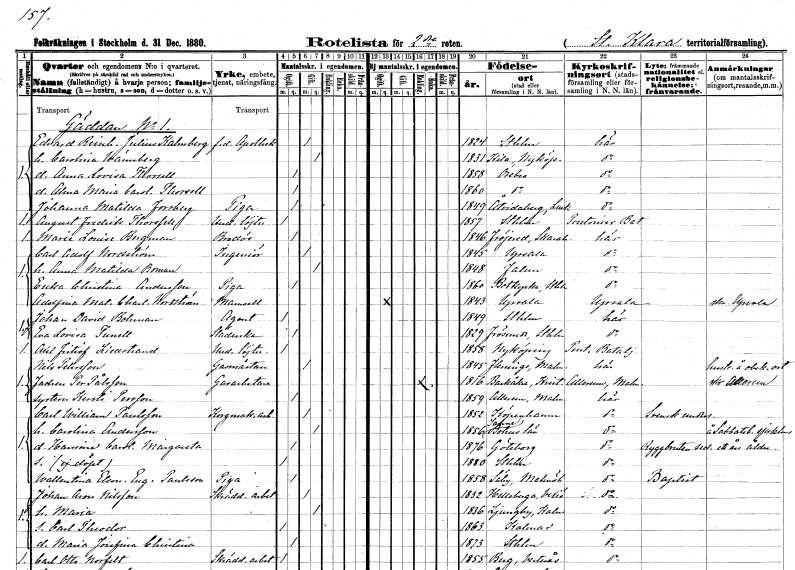
gt_parse: households: individuals: FN: Edvard Reinhold Julius
EN: Kalmberg
YRKE: Apotekare f.d.
KON: M
CIV: G
FODAR: 1824
FODFORS: Stockholm
FN: Carolina
EN: Wännberg
KON: K
CIV: G
FODAR: 1831
FODFORS: Kila Södermanlands län
FN: Anna Lovisa
EN: Thorsell
KON: K
CIV: O
FODAR: 1858
FODFORS: Örebro Örebro län
FN: Alma Maria Carolina
EN: Thorsell
KON: K
CIV: O
FODAR: 1860
FODFORS: Örebro Örebro län
FN: Johanna Matilda
EN: Forsberg
YRKE: Piga
KON: K
CIV: O
FODAR: 1849
FODFORS: Åtvid Östergötlands län
FN: August Fredrik
EN: Thorssell
YRKE: Underlöjtnant
KON: M
CIV: O
FODAR: 1857
FODFORS: Stockholm
FN: Marie Louise
EN: Bergman
YRKE: Brodös
KON: K
CIV: O
FODAR: 1846
FODFORS: Fröjered Skaraborgs län
FN: Carl Adolf
EN: Nordström
YRKE: Ingenjör
KON: M
CIV: G
FODAR: 1845
FODFORS: Uppsala Uppsala län
FN: Anna Matilda
EN: Boman
KON: K
CIV: G
FODAR: 1848
FODFORS: Falun Kopparbergs län
FN: Erika Christina
EN: Andersson
YRKE: Piga
KON: K
CIV: O
FODAR: 1860
FODFORS: Botkyrka Stockholms län
FN: Adolfina Matilda Charlotta
EN: Nordström
KON: K
CIV: O
FODAR: 1843
FODFORS: Uppsala Uppsala län
FN: Johan David
EN: Bohman
YRKE: Agent
KON: M
CIV: O
FODAR: 1849
FODFORS: Stockholm
FN: Eva Lovisa
EN: Tunell
YRKE: Städerska
KON: K
CIV: O
FODAR: 1829
FODFORS: Frösunda Stockholms län
FN: Axel Fritiof
EN: Liedstrand
YRKE: Underlöjtnant
KON: M
CIV: O
FODAR: 1858
FODFORS: Nyköping Södermanlands län
FN: Nils
EN: Petersson
YRKE: Gasmästare
KON: M
CIV: G
FODAR: 1845
FODFORS: Fleninge Malmöhus län
FN: Per
EN: Pålsson
YRKE: Gasarbetare
KON: M
CIV: E
FODAR: 1816
FODFORS: Barkåkra Kristianstads län
FN: Kersti
EN: Persson
KON: K
CIV: O
FODAR: 1859
FODFORS: Allerum Malmöhus län
FN: Carl William
EN: Paulsson
YRKE: Korgmakeriarbetare
KON: M
CIV: G
FODAR: 1852
FN: Carolina
EN: Andersson
KON: K
CIV: G
FODAR: 1856
FODFORS: Sanne Göteborgs- och Bohuslän
FN: Hansine Carolina Margareta
KON: K
CIV: O
FODAR: 1876
FODFORS: Göteborg Göteborgs- och Bohuslän
KON: M
CIV: O
FODAR: 1880
FODFORS: Stockholm
FN: Wallentina Eleonora Eugenia
EN: Paulsson
YRKE: Piga
KON: K
CIV: O
FODAR: 1858
FODFORS: Säby Malmöhus län
FN: Johan Aron
EN: Nilsson
YRKE: Skrädderiarbetare
KON: M
CIV: G
FODAR: 1832
FODFORS: Hälleberga Kalmar län
FN: Maria
KON: K
CIV: G
FODAR: 1836
FODFORS: Ljungby Kalmar län
FN: Carl Theodor
KON: M
CIV: O
FODAR: 1863
FODFORS: Kalmar Kalmar län
FN: Maria Josefina Christina
KON: K
CIV: O
FODAR: 1873
FODFORS: Stockholm